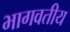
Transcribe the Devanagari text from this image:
भागवतीय